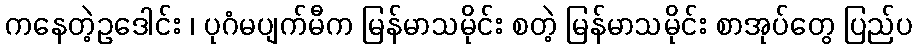
ကနေတဲ့ဥဒေါင်း ၊ ပုဂံမပျက်မီက မြန်မာသမိုင်း စတဲ့ မြန်မာသမိုင်း စာအုပ်တွေ ပြည်ပ